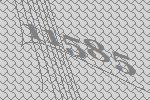
11585